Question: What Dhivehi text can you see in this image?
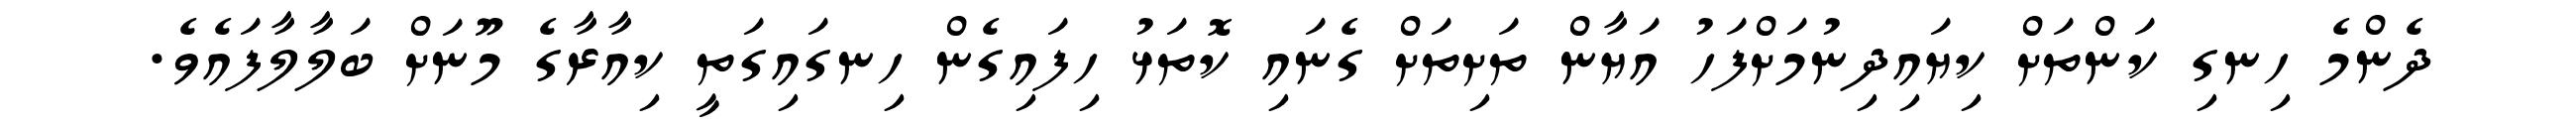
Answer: ދެންމެ ހިނގި ކަންތަށް ކިޔައިދިނުމަށްފަހު އަޔާން ތަށިތަށް ގެނައި ކޮތަޅު ހިފައިގެން ހިނގައިގަތީ ކިއާރާގެ މޫނަށް ބަލާލާފައެވެ.